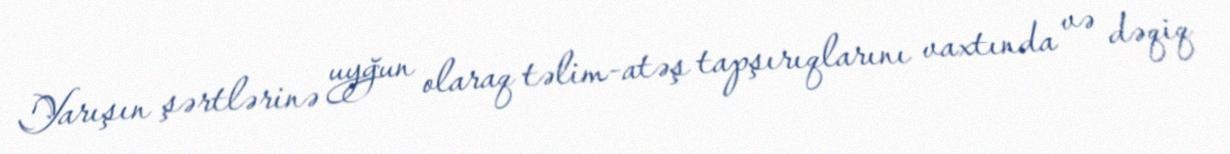
Yarışın şərtlərinə uyğun olaraq təlim-atəş tapşırıqlarını vaxtında və dəqiq